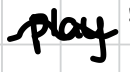
Text: play
Cross-out: mix
Writing tool: digital_black